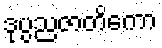
ဒုပ္ပညဇာတိကော